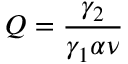
Q = \frac { \gamma _ { 2 } } { \gamma _ { 1 } \alpha \nu }